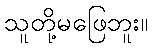
သူတို့မဖြေဘူး။